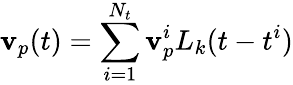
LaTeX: \mathbf{v}_{p}(t)=\sum_{i=1}^{N_{t}}\mathbf{v}_{p}^{i}L_{k}(t-t^{i})